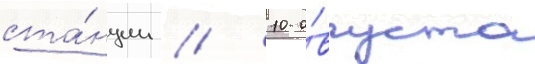
ста́нции // 10 а́вгуста